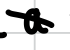
Text: a
Cross-out: mix
Writing tool: digital_black